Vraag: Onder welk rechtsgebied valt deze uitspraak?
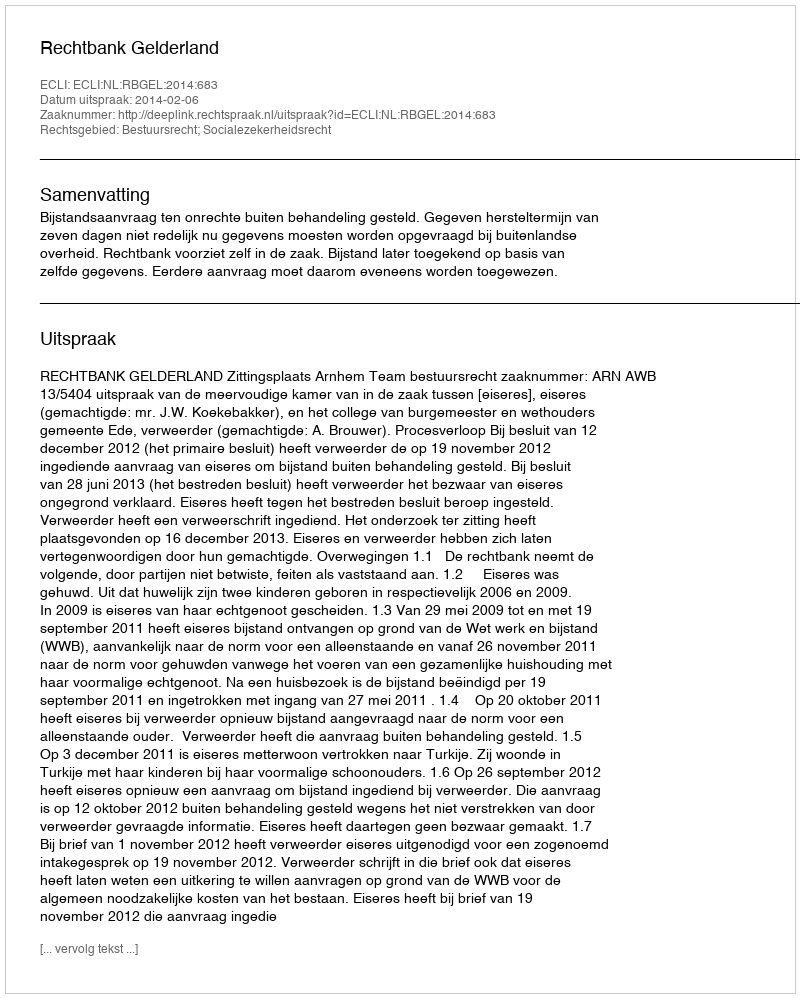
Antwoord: Bestuursrecht; Socialezekerheidsrecht